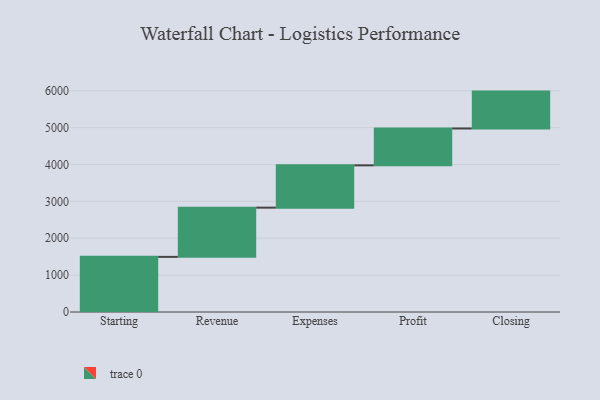
{"axis": {"x": "Step", "y": "Value"}, "legend": [""], "data": [{"x": "Starting", "y": 1495.0, "type": ""}, {"x": "Revenue", "y": 1335.0, "type": ""}, {"x": "Expenses", "y": 1147.0, "type": ""}, {"x": "Profit", "y": 1000, "type": ""}, {"x": "Closing", "y": 1000, "type": ""}]}